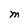
Character: M